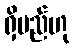
ရှိမည်ဟု